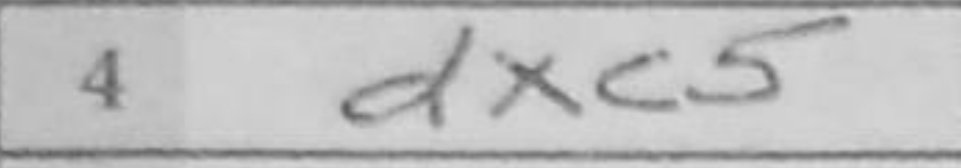
Transcription: dxc5